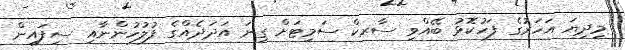
މިދިޔަ އަހަރުގެ ފަހުކޮޅު ބޭއްވި ސާރކް ސަމިޓަށް ގިނަ އަދަދެއްގެ ފުލުހުންނާއި ސިފައިން